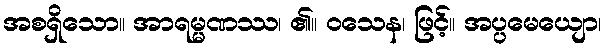
အစရှိသော။ အာရမ္မဏဿ၊ ၏။ ဝသေန၊ ဖြင့်။ အပ္ပမေယျော၊